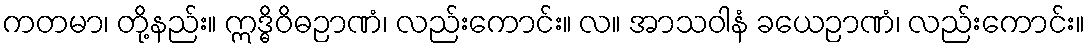
ကတမာ၊ တို့နည်း။ ဣဒ္ဓိဝိဓဉာဏံ၊ လည်းကောင်း။ လ။ အာသဝါနံ ခယေဉာဏံ၊ လည်းကောင်း။